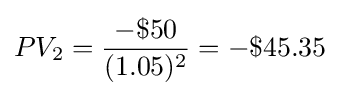
PV_{2}={\frac {-\$50}{(1.05)^{2}}}=-\$45.35